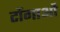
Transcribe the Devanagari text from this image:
टोंगाओं